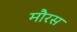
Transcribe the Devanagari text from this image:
मौरस